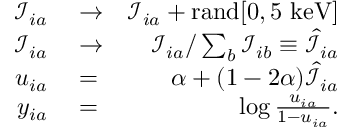
\begin{array} { r l r } { \mathcal { I } _ { i a } } & { { } \to } & { \mathcal { I } _ { i a } + \mathrm { r a n d } [ 0 , 5 ~ \mathrm { k e V } ] } \\ { \mathcal { I } _ { i a } } & { { } \to } & { \mathcal { I } _ { i a } / \sum _ { b } \mathcal { I } _ { i b } \equiv \hat { \mathcal { I } } _ { i a } } \\ { u _ { i a } } & { { } = } & { \alpha + ( 1 - 2 \alpha ) \hat { \mathcal { I } } _ { i a } } \\ { y _ { i a } } & { { } = } & { \log \frac { u _ { i a } } { 1 - u _ { i a } } . } \end{array}